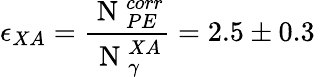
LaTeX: \epsilon_{XA}=\frac{\mathrm{~N~}_{PE}^{corr}}{\mathrm{~N~}_{\gamma}^{XA}}=2.5\pm 0.3\